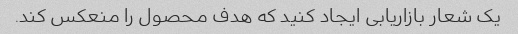
یک شعار بازاریابی ایجاد کنید که هدف محصول را منعکس کند.